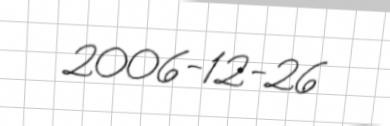
2006-12-26